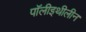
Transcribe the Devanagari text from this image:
पॉलीइथीलीन